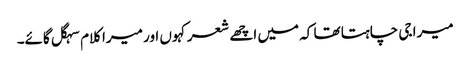
میرا جی چاہتا تھا کہ میں اچھے شعر کہوں اور میرا کلام سہگل گائے۔